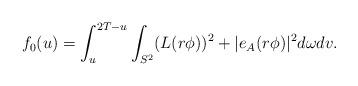
LaTeX: \begin{align*}f_0 (u) = \int_u^{2 T - u} \int_{S^2} (L(r \phi))^2 + |e_A (r \phi)|^2 d \omega d v.\end{align*}